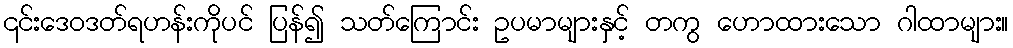
၎င်းဒေဝဒတ်ရဟန်းကိုပင် ပြန်၍ သတ်ကြောင်း ဥပမာများနှင့် တကွ ဟောထားသော ဂါထာများ။